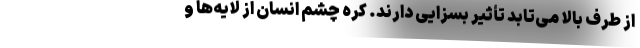
از طرف بالا می‌تابد تأثیر بسزایی دارند. کره چشم انسان از لایه‌ها و